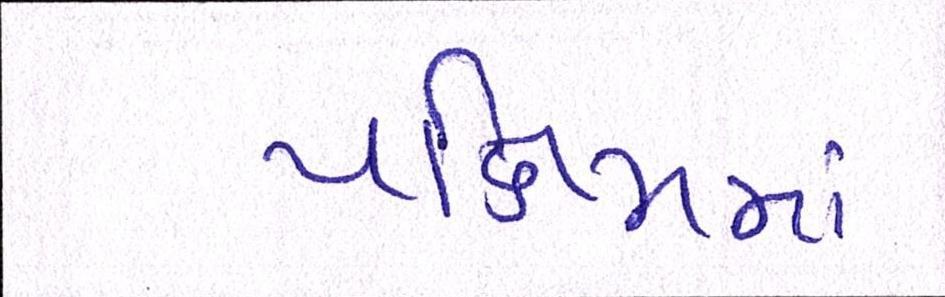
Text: પશ્ચિમમાં